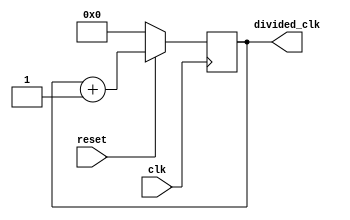
module counter(clk, reset, divided_clk);
	input clk;
	input reset;
	output reg [50:0]divided_clk;
	
	always @(posedge clk)
	begin
		if (reset == 0)
			divided_clk = 0;
		else
			divided_clk <= divided_clk + 1'd1;
	end
endmodule